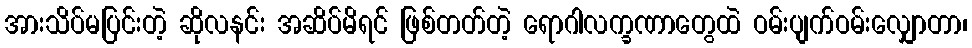
အားသိပ်မပြင်းတဲ့ ဆိုလနင်း အဆိပ်မိရင် ဖြစ်တတ်တဲ့ ရောဂါလက္ခဏာတွေထဲ ဝမ်းပျက်ဝမ်းလျှောတာ၊